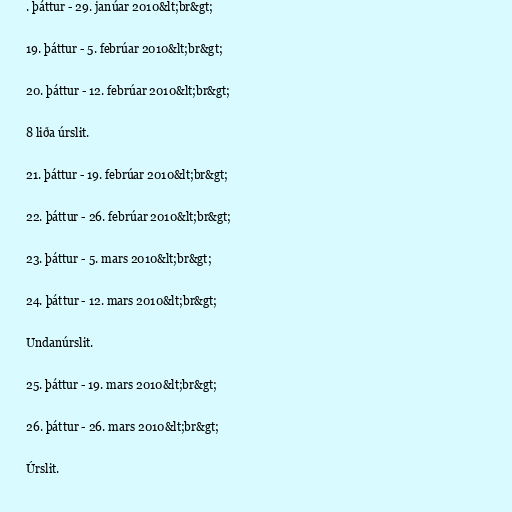
. þáttur - 29. janúar 2010&lt;br&gt;

19. þáttur - 5. febrúar 2010&lt;br&gt;

20. þáttur - 12. febrúar 2010&lt;br&gt;

8 liða úrslit.

21. þáttur - 19. febrúar 2010&lt;br&gt;

22. þáttur - 26. febrúar 2010&lt;br&gt;

23. þáttur - 5. mars 2010&lt;br&gt;

24. þáttur - 12. mars 2010&lt;br&gt;

Undanúrslit.

25. þáttur - 19. mars 2010&lt;br&gt;

26. þáttur - 26. mars 2010&lt;br&gt;

Úrslit.